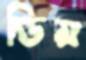
ডিম